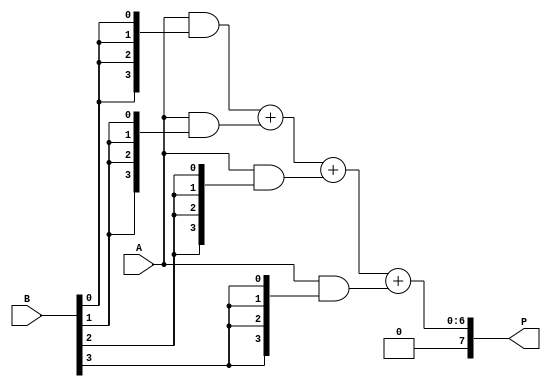
module vedic_multiplier #(parameter N = 4) (
    input  [N-1:0] A,  // N-bit input A
    input  [N-1:0] B,  // N-bit input B
    output [2*N-1:0] P // 2N-bit output product P
);

    wire [N-1:0] pp [0:N-1]; // Partial products
    wire [2*N-1:0] sum [0:N-1]; // Intermediate sums

    // Generate partial products
    genvar i, j;
    generate
        for (i = 0; i < N; i = i + 1) begin : partial_product
            assign pp[i] = A & {N{B[i]}}; // AND operation to generate partial product
        end
    endgenerate

    // Add partial products
    assign sum[0] = {N'b0, pp[0]}; // First partial product aligned
    generate
        for (i = 1; i < N; i = i + 1) begin : adder_tree
            assign sum[i] = sum[i-1] + {i'b0, pp[i]}; // Add previous sum with current partial product
        end
    endgenerate

    // Final product output
    assign P = sum[N-1];

endmodule